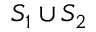
S _ { 1 } \cup S _ { 2 }